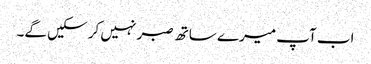
اب آپ میرے ساتھ صبر نہیں کر سکیں گے۔